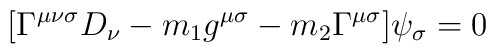
[\Gamma^{\mu\nu\sigma}D_\nu - m_1 g^{\mu\sigma} - m_2 \Gamma^{\mu\sigma}] \psi_\sigma=0